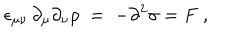
\epsilon _ { \mu \nu } \, \partial _ { \mu } \partial _ { \nu } \rho \; = \; - \partial ^ { 2 } \sigma = F \; ,